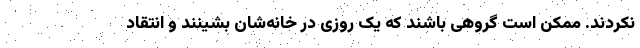
نکردند. ممکن است گروهی باشند که یک روزی در خانه‌شان بشینند و انتقاد